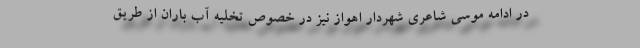
در ادامه موسی شاعری شهردار اهواز نیز در خصوص تخلیه آب باران از طریق